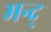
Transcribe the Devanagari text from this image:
मन्द्